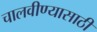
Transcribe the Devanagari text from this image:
चालवीण्यासाठी